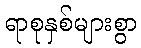
ရာစုနှစ်များစွာ